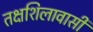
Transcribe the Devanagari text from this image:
तक्षशिलावासी